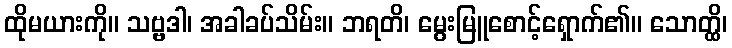
ထိုမယားကို။ သဗ္ဗဒါ၊ အခါခပ်သိမ်း။ ဘရတိ၊ မွေးမြူစောင့်ရှောက်၏။ သောတ္ထိ၊